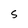
Character: S